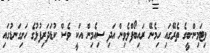
ވިޓަމިން-ބީގެ ތެރޭގައި ހިމެނޭ ރައިބޯފްލެވިން އަދި ސިއެމިން އަކީ ވެސް ކުޑަދަރިފުޅުގެ ހަށިގަނޑުގައި